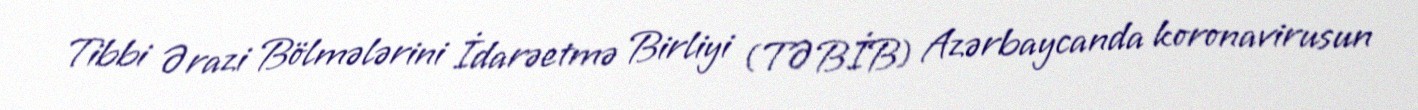
Tibbi Ərazi Bölmələrini İdarəetmə Birliyi (TƏBİB) Azərbaycanda koronavirusun